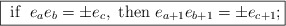
\begin{align*}\fbox{$\mbox{ if } \; e_{a}e_{b}=\pm e_{c}, \mbox{ then } e_{a+1}e_{b+1}=\pm e_{c+1};$}\end{align*}